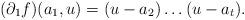
LaTeX: \begin{align*} (\partial_{1} f)(a_1,u) = (u-a_2) \dots (u-a_t). \end{align*}